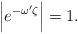
LaTeX: \begin{align*} \left|e^{-\omega^{\prime}\zeta}\right|=1.\end{align*}